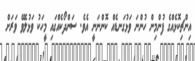
އިންޗިކޮޅެއްގެ ފުންމިން ހުންނަ ވަޅުގަނޑެއް ކޮންނަނީ އެވެ. ސަންދޯކެއްގައި މީހަކު ވަޅުލެވޭ ވަރަށް